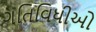
ગતિવિધીઓ